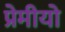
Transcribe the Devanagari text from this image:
प्रेमीयो